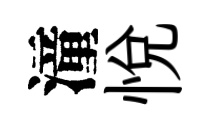
潼悦